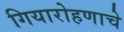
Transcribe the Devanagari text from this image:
गियारोहणाचे